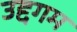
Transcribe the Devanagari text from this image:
उद्दगम